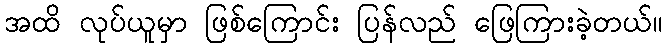
အထိ လုပ်ယူမှာ ဖြစ်ကြောင်း ပြန်လည် ဖြေကြားခဲ့တယ်။